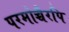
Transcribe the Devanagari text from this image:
परमोच्चैरपि